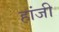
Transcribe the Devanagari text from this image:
हांजी